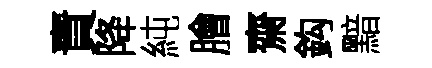
責降純膾齋鈎黯